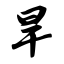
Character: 旱